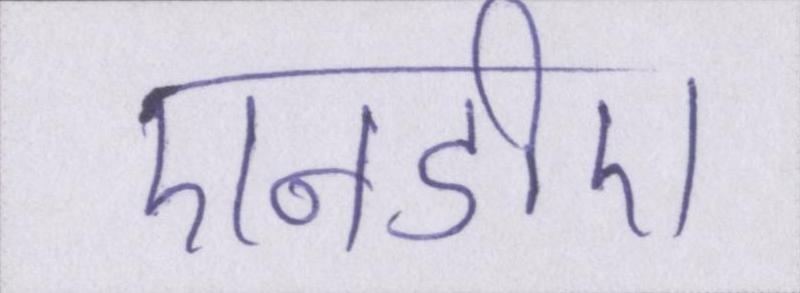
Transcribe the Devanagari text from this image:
एनडीए